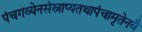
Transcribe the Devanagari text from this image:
पंचगव्येनसंस्नाप्यतथापंचामृतेनवै